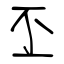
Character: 丕